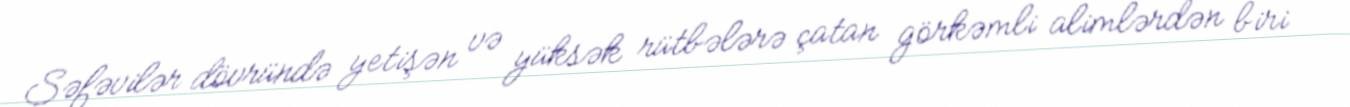
Səfəvilər dövründə yetişən və yüksək rütbələrə çatan görkəmli alimlərdən biri